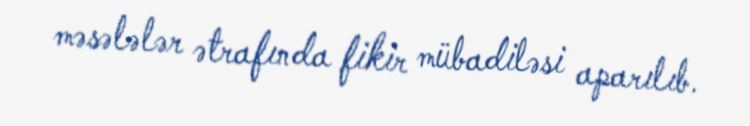
məsələlər ətrafında fikir mübadiləsi aparılıb.